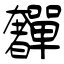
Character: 奲